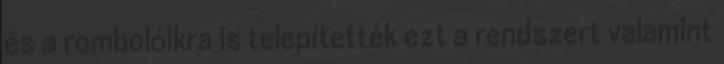
és a rombolóikra is telepítették ezt a rendszert valamint